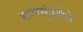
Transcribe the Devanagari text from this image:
मातासुंदरीने